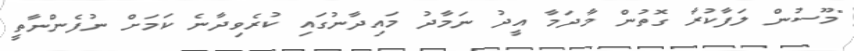
"މޫސުން ލަފާކުރާ ގޮތުން މާދަމާ އީދު ނަމާދު މައިދާނުގައި ކުރެވިދާނެ ކަމަށް ނުފެންނާތީ